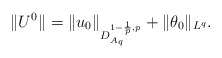
\begin{align*}\|U^{0}\|=\|u_{0}\|_{D_{A_{q}}^{1-\frac{1}{p},p}}+\|\theta_{0}\|_{L^{q}}.\end{align*}